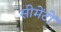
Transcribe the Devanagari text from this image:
सीमेंटों